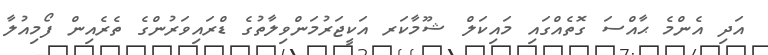
އަދި އެންމެ ޙާއްސަ ގޮތެއްގައި މައިކަލް ޝޫމާކަރ އަކީޖަރުމަންވިލާތުގެ ޑްރައިވަރުންގެ ތެރެއިން ފޯމިއުލާ